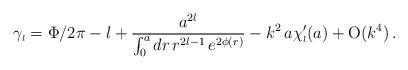
LaTeX: \begin{align*}\gamma_{\scriptscriptstyle{l}}=\Phi/2 \pi - l +\frac{a^{2l}}{\int_0^a dr\,r^{2l-1}\,e^{2 \phi(r)}}-k^2\,a \chi_{\scriptscriptstyle{l}}^{\prime}(a) + \mbox{O}(k^4)\,.\end{align*}